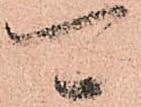
可